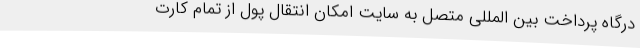
درگاه پرداخت بین المللی متصل به سایت امکان انتقال پول از تمام کارت